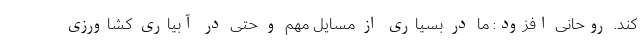
کند. روحانی افزود: ما در بسیاری از مسایل مهم و حتی در آبیاری کشاورزی